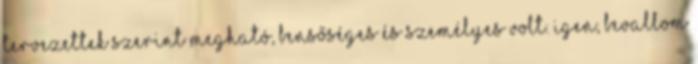
tervezettek szerint megható, bensőséges és személyes volt. Igen, bevallom